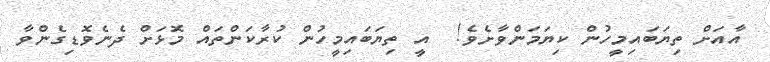
އާއަށް ތިޔަބައިމީހުން ކިޔަމަންވާށެވެ!  އީ ތިޔަބައިމީހުން ކުރާކަންތައް މޮޅަށް ދެނެވޮޑިގެންވާ